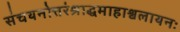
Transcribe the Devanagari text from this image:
संचयनोत्तरंश्राद्धमाहाश्वलायनः